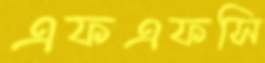
এফএফসি